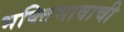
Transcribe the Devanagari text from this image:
भक्तिभावाची